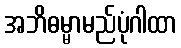
အဘိဓမ္မာမည်ပုံဂါထာ